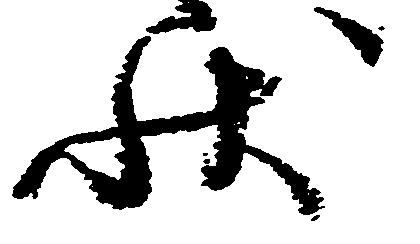
状